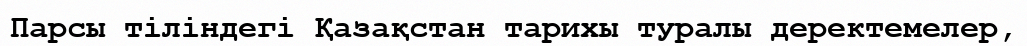
Парсы тіліндегі Қазақстан тарихы туралы деректемелер,